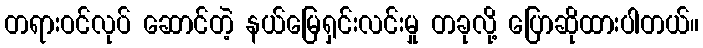
တရားဝင်လုပ် ဆောင်တဲ့ နယ်မြေရှင်းလင်းမှု တခုလို့ ပြောဆိုထားပါတယ်။